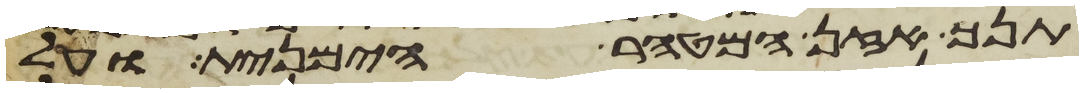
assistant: תנך אזן המטהר הימנית ועל